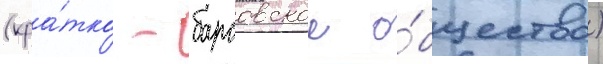
(кра́тко - барсовское о́бщество)